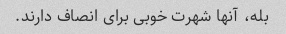
بله، آنها شهرت خوبی برای انصاف دارند.